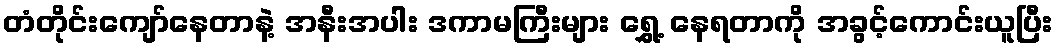
တံတိုင်းကျော်နေတာနဲ့ အနီးအပါး ဒကာမကြီးများ ရွှေ့ နေရတာကို အခွင့်ကောင်းယူပြီး